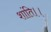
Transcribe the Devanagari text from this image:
शांति।।